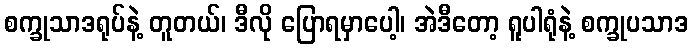
စက္ခုသာဒရုပ်နဲ့ တူတယ်၊ ဒီလို ပြောရမှာပေါ့၊ အဲဒီတော့ ရူပါရုံနဲ့ စက္ခုပသာဒ